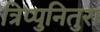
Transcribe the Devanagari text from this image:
त्रिप्पुनितुरा